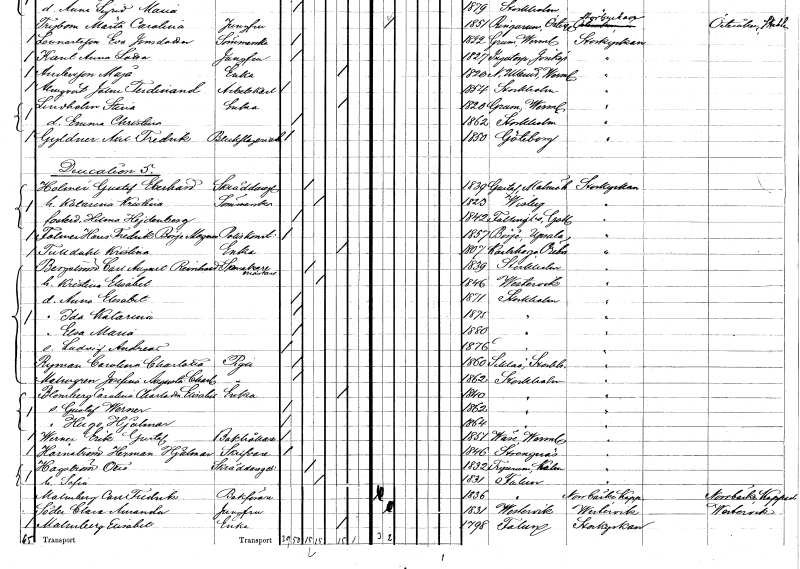
gt_parse: households: individuals: FN: Gustaf Eberhard
EN: Holmér
YRKE: Skräddaregesäll
KON: M
CIV: G
FODAR: 1839
FODFORS: Gustav Adolf Malmöhus län
FN: Katarina Kristina
YRKE: Sömmerska
KON: K
CIV: G
FODAR: 1823
FODFORS: Visby Gotlands län
FN: Hilma
EN: Hejdenberg
KON: K
CIV: O
FODAR: 1842
FODFORS: Hablingbo Gotlands län
FN: Hans Fredrik Börje Magnus
EN: Folmer
YRKE: Poliskonstapel
KON: M
CIV: O
FODAR: 1857
FODFORS: Börje Uppsala län
FN: Kristina
EN: Tulldahl
YRKE: Änka
KON: K
CIV: E
FODAR: 1807
FODFORS: Karlskoga Örebro län
FN: Carl August Reinhold
EN: Bergström
YRKE: Skomakarmäster
KON: M
CIV: G
FODAR: 1839
FODFORS: Stockholm
FN: Kristina Elisabet
KON: K
CIV: G
FODAR: 1846
FODFORS: Västervik Kalmar län
FN: Anna Elisabet
KON: K
CIV: O
FODAR: 1871
FODFORS: Stockholm
FN: Ida Katarina
KON: K
CIV: O
FODAR: 1875
FODFORS: Stockholm
FN: Elsa Maria
KON: K
CIV: O
FODAR: 1880
FODFORS: Stockholm
FN: Ludvig Andreas
KON: M
CIV: O
FODAR: 1876
FODFORS: Stockholm
FN: Carolina Charlotta
EN: Ryman
YRKE: Piga
KON: K
CIV: O
FODAR: 1860
FODFORS: Sicklaö Stockholms län
FN: Josefina Augusta Charlotta
EN: Malmgren
YRKE: Piga
KON: K
CIV: O
FODAR: 1862
FODFORS: Stockholm
FN: Carolina Charlotta Elisabet
EN: Blomberg
YRKE: Änka
KON: K
CIV: E
FODAR: 1840
FODFORS: Stockholm
FN: Gustaf Werner
KON: M
CIV: O
FODAR: 1862
FODFORS: Stockholm
FN: Hugo Hjalmar
KON: M
CIV: O
FODAR: 1864
FODFORS: Stockholm
FN: Erik Gustaf
EN: Werner
YRKE: Bokhållare
KON: M
CIV: O
FODAR: 1851
FODFORS: Väse Värmlands län
FN: Herman Hjalmar
EN: Härnström
YRKE: Skrivare
KON: M
CIV: O
FODAR: 1846
FODFORS: Strängnäs Södermanlands län
FN: Otto
EN: Hagström
YRKE: Skräddaregesäll
KON: M
CIV: G
FODAR: 1832
FODFORS: Tryserum Östergötlands län
FN: Sofia
KON: K
CIV: G
FODAR: 1831
FODFORS: Falun Kopparbergs län
FN: Carl Fredrik
EN: Malmberg
YRKE: Bokförare
KON: M
CIV: O
FODAR: 1836
FODFORS: Falun Kopparbergs län
FN: Clara Amanda
EN: Söder
YRKE: Jungfru
KON: K
CIV: O
FODAR: 1831
FODFORS: Västervik Kalmar län
FN: Elisabet
EN: Malmberg
YRKE: Änka
KON: K
CIV: E
FODAR: 1798
FODFORS: Falun Kopparbergs län